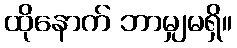
ထိုနောက် ဘာမျှမရှိ။